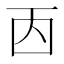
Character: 㐁